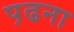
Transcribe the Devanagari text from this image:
प़ढना